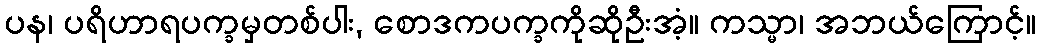
ပန၊ ပရိဟာရပက္ခမှတစ်ပါး, စောဒကပက္ခကိုဆိုဦးအံ့။ ကသ္မာ၊ အဘယ်ကြောင့်။